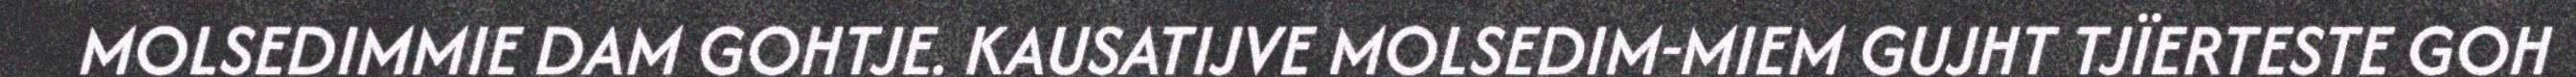
MOLSEDIMMIE DAM GOHTJE. KAUSATIJVE MOLSEDIM-MIEM GUJHT TJÏERTESTE GOH